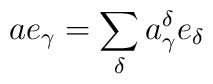
a e_{\gamma}=\sum_{\delta} a_{\gamma}^{\delta} e_{\delta}